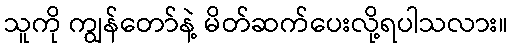
သူကို ကျွန်တော်နဲ့ မိတ်ဆက်ပေးလို့ရပါသလား။